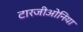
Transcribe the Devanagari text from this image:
टारजीओनिया